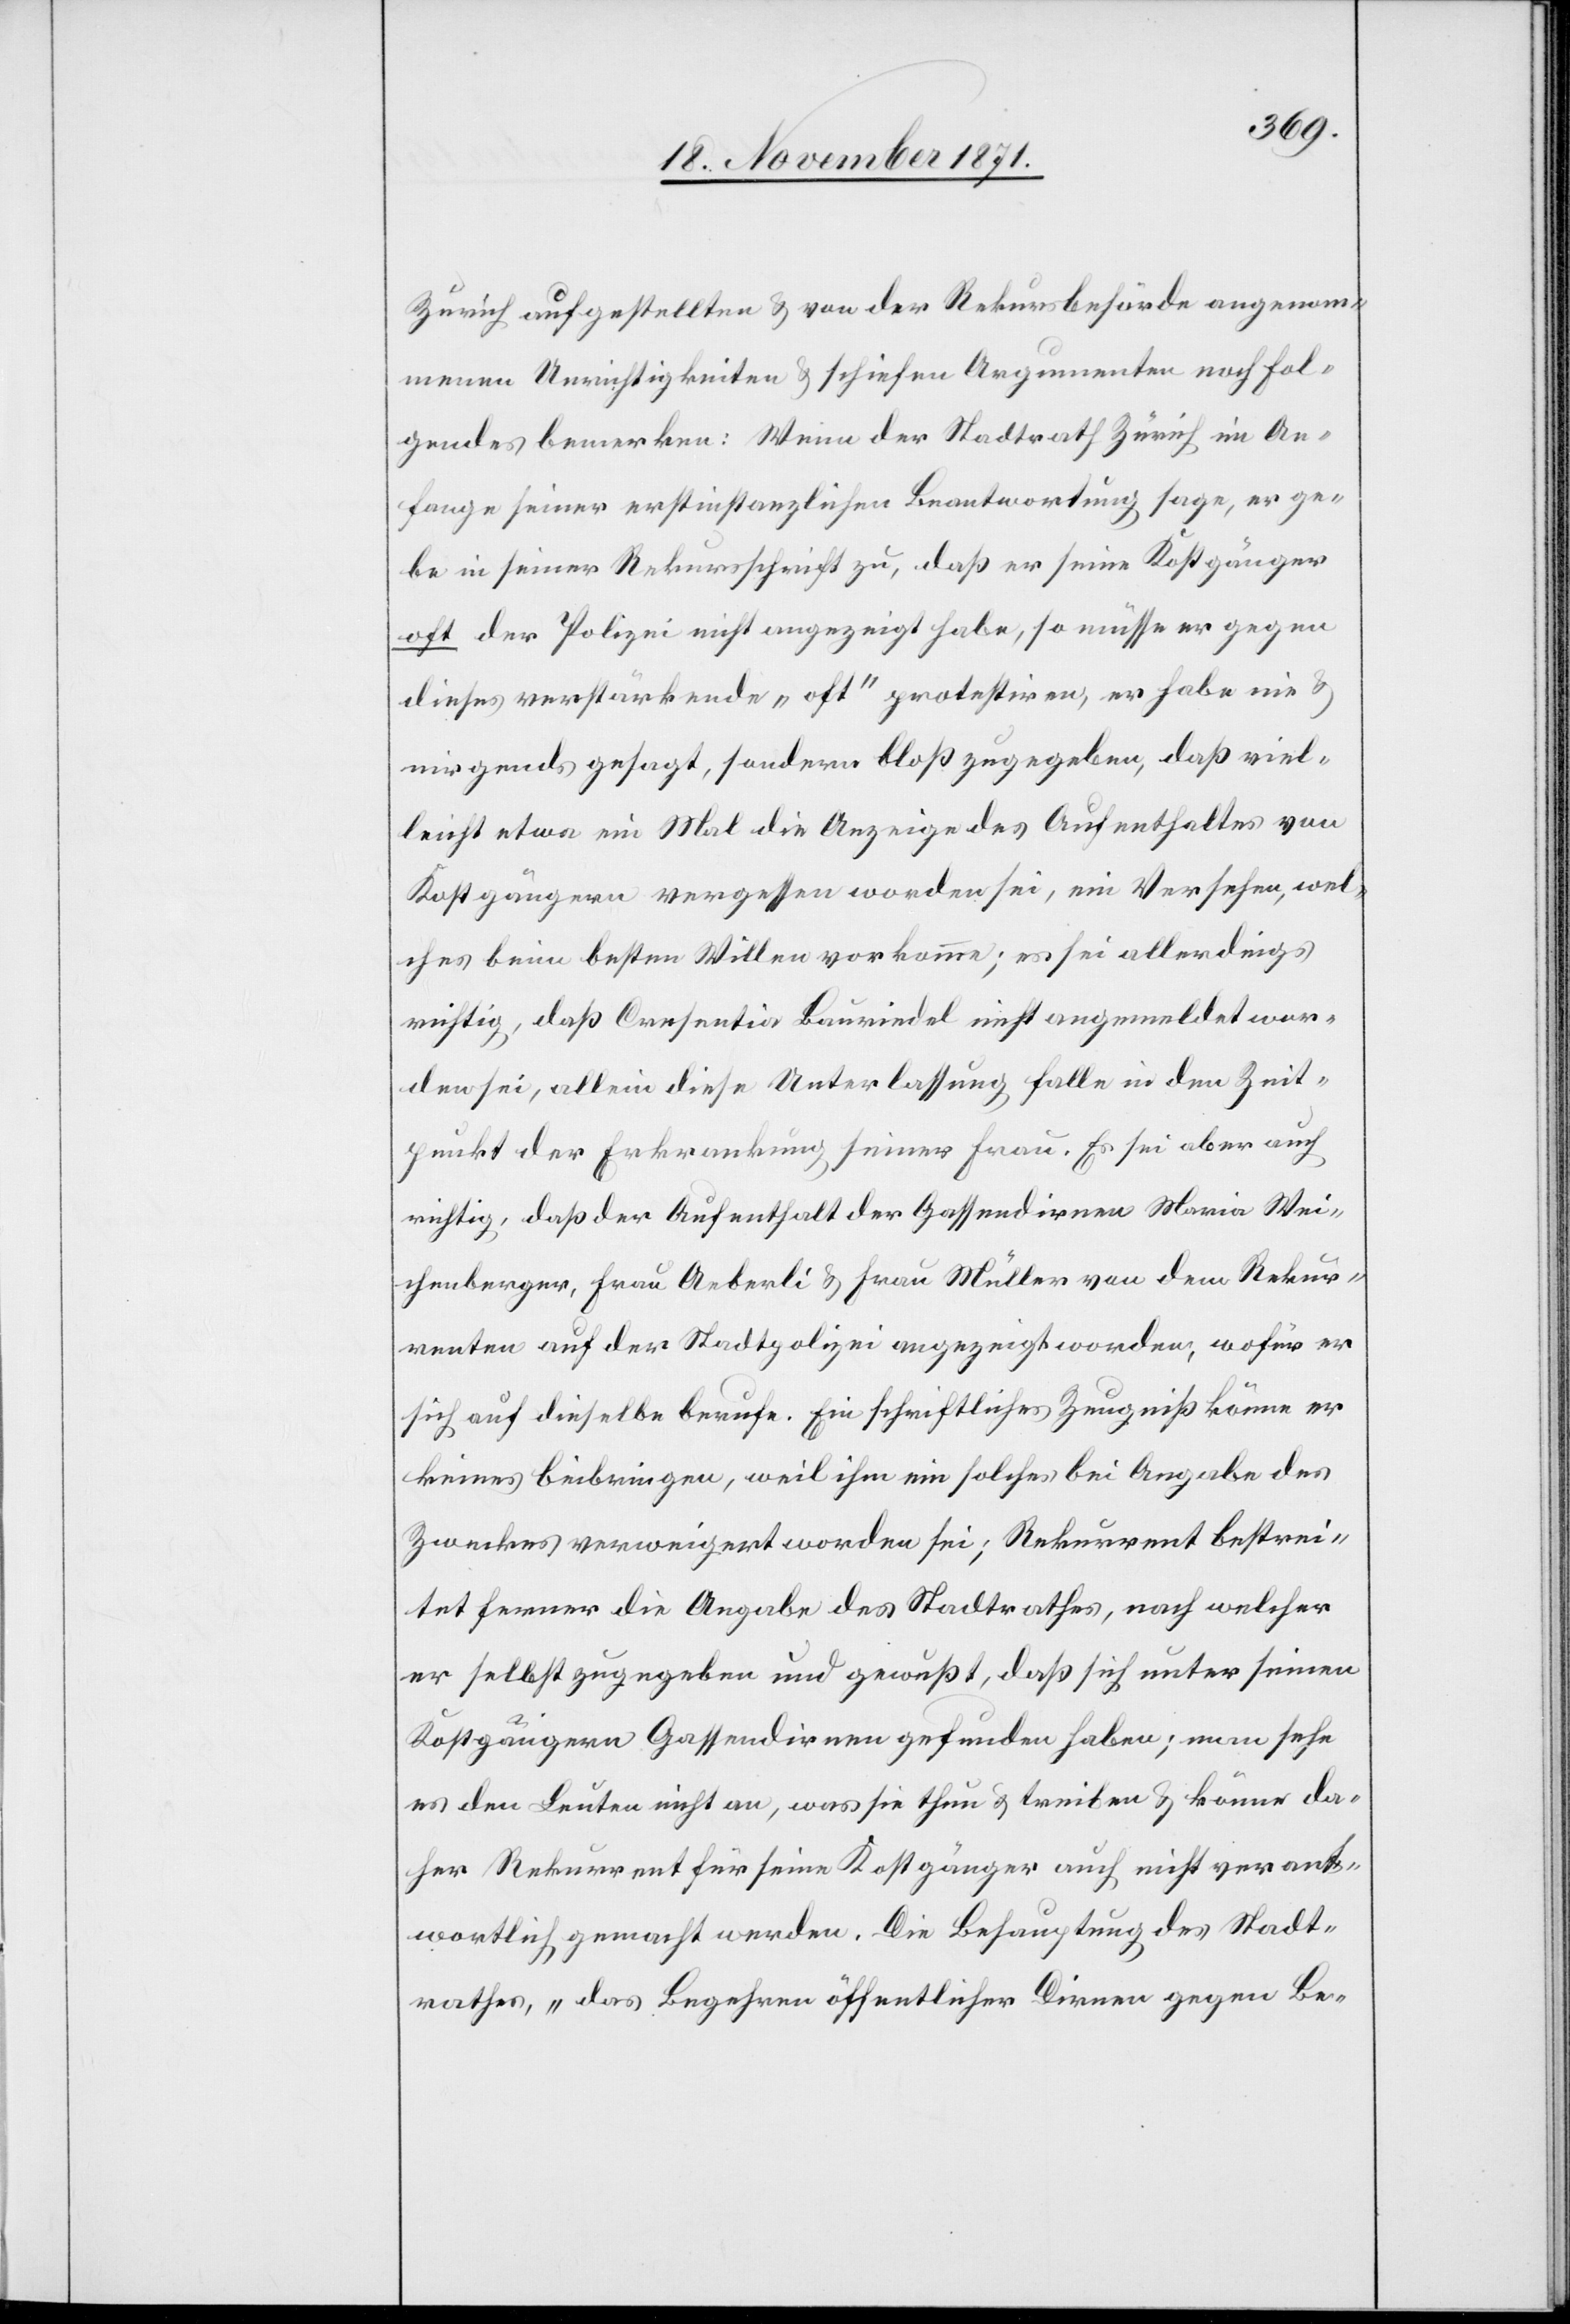
Zürich aufgestellten & von der Rekursbehörde angenom¬
menen Unrichtigkeiten & schiefen Argumenten noch fol¬
gendes bemerken: Wenn der Stadtrath Zürich im An¬
fange seiner erstinstanzlichen Beantwortung sage, er ge¬
be in seiner Rekursschrift zu, daß er seine Kostgänger
oft der Polizei nicht angezeigt habe, so müsse er gegen
dieses verstärkende „oft“ protestiren, er habe nie &
nirgends gesagt, sondern bloß zugegeben, daß viel¬
leicht etwa ein Mal die Anzeige des Aufenthaltes von
Kostgängern vergessen worden sei, ein Versehen, wel¬
ches beim besten Willen vorkomme; es sei allerdings
richtig, daß Cresentia Bauriedel nicht angemeldet wor¬
den sei, allein diese Unterlassung falle in den Zeit¬
punkt der Erkrankung seiner Frau. Es sei aber auch
richtig, daß der Aufenthalt der Gassendirnen Maria Wei¬
chenberger, Frau Aeberli & Frau Müller von dem Rekur¬
renten auf der Stadtpolizei angezeigt worden, wofür er
sich auf dieselbe berufe. Ein schriftliches Zeugniß könne er
keines beibringen, weil ihm ein solches bei Angabe des
Zweckes verweigert worden sei; Rekurrent bestrei¬
tet ferner die Angabe des Stadtrathes, nach welcher
er selbst zugegeben und gewußt, daß sich unter seinen
Kostgängern Gassendirnen gefunden haben; man sehe
es den Leuten nicht an, was sie thun & treiben & könne da¬
her Rekurrent für seine Kostgänger auch nicht verant¬
wortlich gemacht werden. Die Behauptung des Stadt¬
rathes, „das Begehren öffentlicher Dirnen gegen Be-